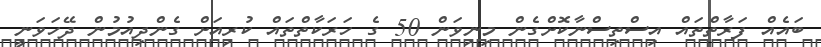
ބައެއް ފަރާތްތައް އިސްތިސްނާކޮށްގެން މިނިވަން 50 ގެ ހަރަކާތްތައް ކުރިއަށް ގެންދިއުމުން ދޭހަވަނީ